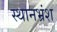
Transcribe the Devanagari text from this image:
स्थानभ्रंश